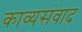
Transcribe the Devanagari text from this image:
काव्यसंवाद